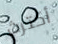
أكترث